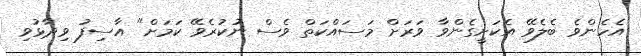
އެހެންވެ ބެލެވޭ އެކަށީގެންވާ ވަރަށް މަސައްކަތް ވެސް ނުކުރެވޭ ކަމަށް" އާސިފު ވިދާޅުވި